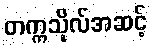
တက္ကသိုလ်အဆင့်